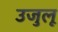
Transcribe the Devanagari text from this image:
उजुलू